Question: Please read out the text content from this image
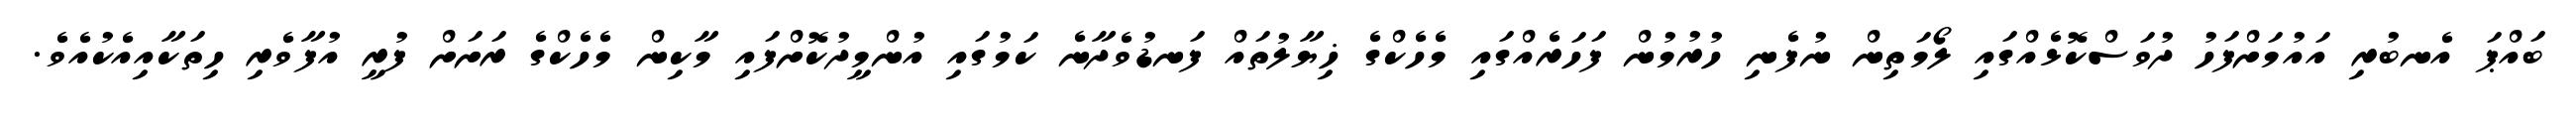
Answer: ބައްޕަ އެނބުރި އައުމަށްފަހު ދުވަސްކޮޅެއްގައި ލޯމަތިން ނުފެނި ހުރުމުން ފަހަރެއްގައި މެހެކްގެ ޚިޔާލުތައް ފަނޑުވެދާނެ ކަމުގައި އުންމީދުކޮށްފައި މާކިން މެހެކްގެ ރަށަށް ފުރީ އުފާވެރި ހިތަކާއިއެކުއެވެ.